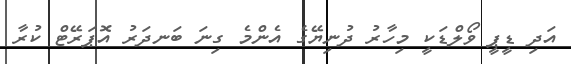
އަދި ޑީޕީ ވޯލްޑަކީ މިހާރު ދުނިޔޭގެ އެންމެ ގިނަ ބަނދަރު އޮޕަރޭޓް ކުރާ